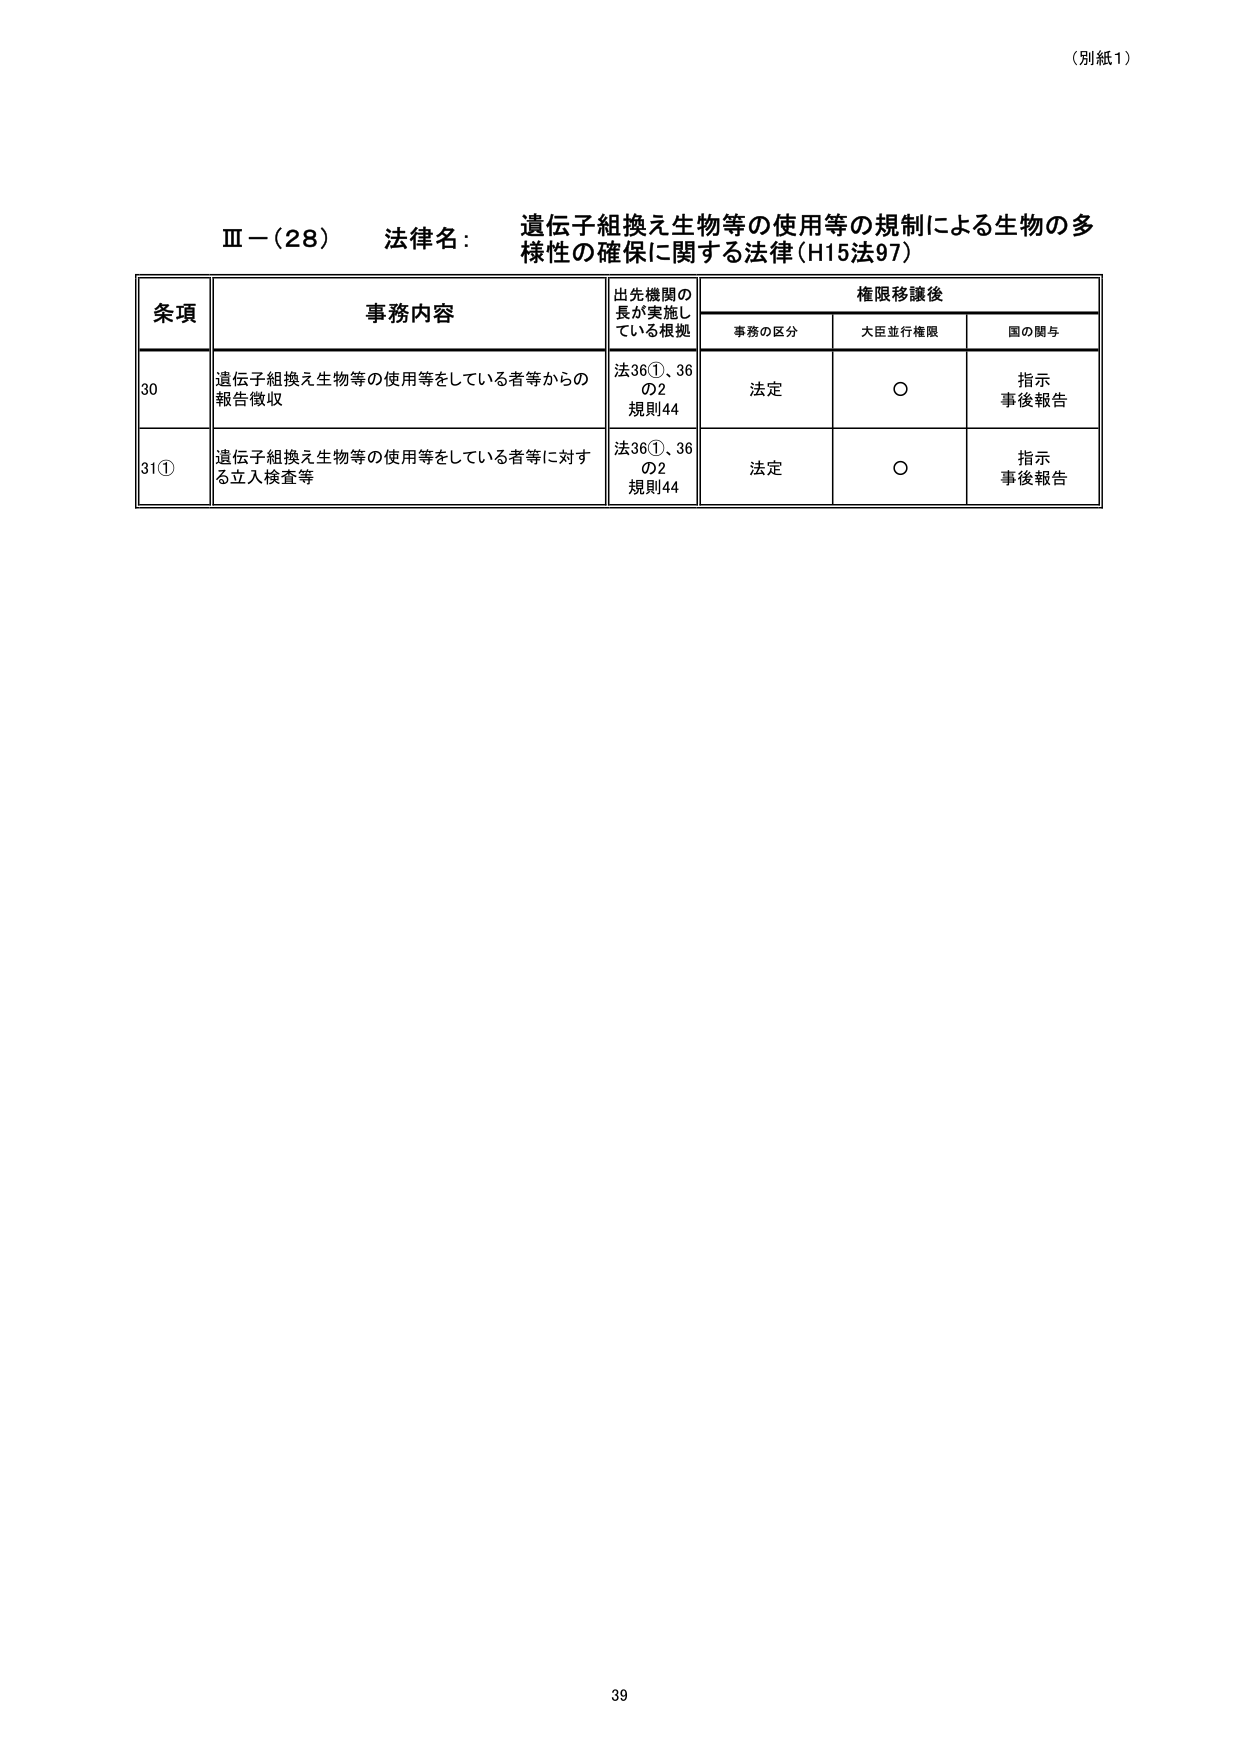
（別紙1）

Ⅲ－（28） 法律名： 遺伝子組換え生物等の使用等の規制による生物の多様性の確保に関する法律（H15法97）

条項 事務内容 出先機関の長が実施している根拠 権限移譲後